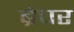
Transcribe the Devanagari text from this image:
ब्रेचर